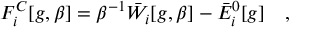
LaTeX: F _ { i } ^ { C } [ g , \beta ] = \beta ^ { - 1 } \bar { W } _ { i } [ g , \beta ] - \bar { E } _ { i } ^ { 0 } [ g ] ~ ~ ~ ,